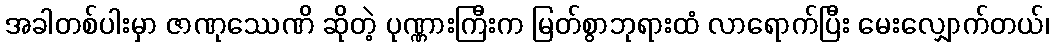
အခါတစ်ပါးမှာ ဇာဏုဿေဏိ ဆိုတဲ့ ပုဏ္ဏားကြီးက မြတ်စွာဘုရားထံ လာရောက်ပြီး မေးလျှောက်တယ်၊